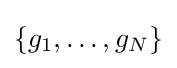
\{g_{1},\ldots ,g_{N}\}